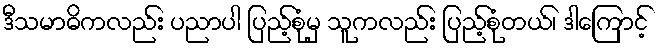
ဒီသမာဓိကလည်း ပညာပါ ပြည့်စုံမှ သူကလည်း ပြည့်စုံတယ်၊ ဒါကြောင့်